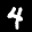
Label: 4